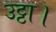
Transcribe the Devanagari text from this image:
उट्ठा।